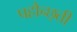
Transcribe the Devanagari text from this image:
पहौन्छ्ती